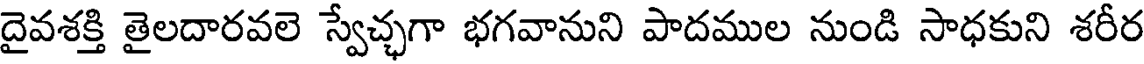
దైవశక్తి తైలదారవలె స్వేచ్చగా భగవానుని పాదముల నుండి సాధకుని శరీర